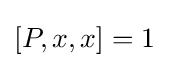
[P,x,x]=1